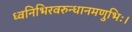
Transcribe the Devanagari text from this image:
ध्वनिभिरवरुन्धानमणुभिः।